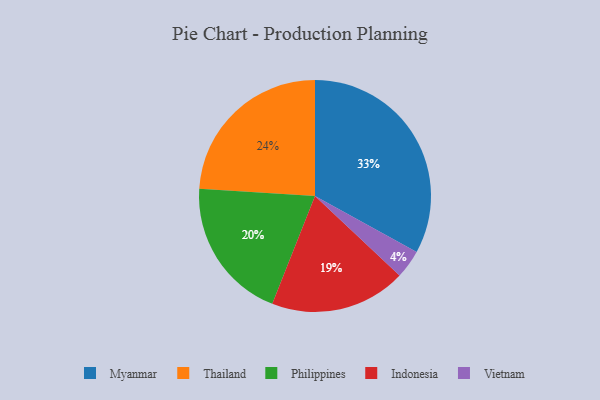
{"axis": {"x": "Category", "y": "Percentage"}, "legend": ["Indonesia", "Myanmar", "Philippines", "Thailand", "Vietnam"], "data": [{"x": "Indonesia", "y": 19, "type": "Indonesia"}, {"x": "Philippines", "y": 20, "type": "Philippines"}, {"x": "Thailand", "y": 24, "type": "Thailand"}, {"x": "Myanmar", "y": 33, "type": "Myanmar"}, {"x": "Vietnam", "y": 4, "type": "Vietnam"}]}